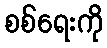
စစ်ရေးကို